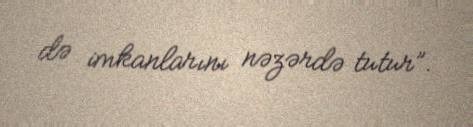
də imkanlarını nəzərdə tutur”.